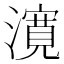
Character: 𭳈